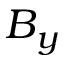
B _ { y }